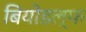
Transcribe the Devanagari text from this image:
बियोडल्फ